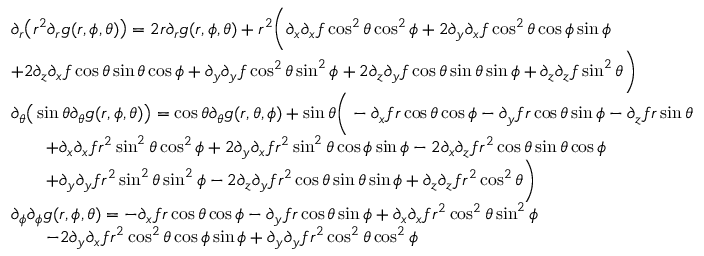
\begin{array} { r l } & { \partial _ { r } \big ( r ^ { 2 } \partial _ { r } g ( r , \phi , \theta ) \big ) = 2 r \partial _ { r } g ( r , \phi , \theta ) + r ^ { 2 } \bigg ( \partial _ { x } \partial _ { x } f \cos ^ { 2 } \theta \cos ^ { 2 } \phi + 2 \partial _ { y } \partial _ { x } f \cos ^ { 2 } \theta \cos \phi \sin \phi } \\ & { + 2 \partial _ { z } \partial _ { x } f \cos \theta \sin \theta \cos \phi + \partial _ { y } \partial _ { y } f \cos ^ { 2 } \theta \sin ^ { 2 } \phi + 2 \partial _ { z } \partial _ { y } f \cos \theta \sin \theta \sin \phi + \partial _ { z } \partial _ { z } f \sin ^ { 2 } \theta \bigg ) } \\ & { \partial _ { \theta } \big ( \sin \theta \partial _ { \theta } g ( r , \phi , \theta ) \big ) = \cos \theta \partial _ { \theta } g ( r , \theta , \phi ) + \sin \theta \bigg ( - \partial _ { x } f r \cos \theta \cos \phi - \partial _ { y } f r \cos \theta \sin \phi - \partial _ { z } f r \sin \theta } \\ & { \qquad + \partial _ { x } \partial _ { x } f r ^ { 2 } \sin ^ { 2 } \theta \cos ^ { 2 } \phi + 2 \partial _ { y } \partial _ { x } f r ^ { 2 } \sin ^ { 2 } \theta \cos \phi \sin \phi - 2 \partial _ { x } \partial _ { z } f r ^ { 2 } \cos \theta \sin \theta \cos \phi } \\ & { \qquad + \partial _ { y } \partial _ { y } f r ^ { 2 } \sin ^ { 2 } \theta \sin ^ { 2 } \phi - 2 \partial _ { z } \partial _ { y } f r ^ { 2 } \cos \theta \sin \theta \sin \phi + \partial _ { z } \partial _ { z } f r ^ { 2 } \cos ^ { 2 } \theta \bigg ) } \\ & { \partial _ { \phi } \partial _ { \phi } g ( r , \phi , \theta ) = - \partial _ { x } f r \cos \theta \cos \phi - \partial _ { y } f r \cos \theta \sin \phi + \partial _ { x } \partial _ { x } f r ^ { 2 } \cos ^ { 2 } \theta \sin ^ { 2 } \phi } \\ & { \qquad - 2 \partial _ { y } \partial _ { x } f r ^ { 2 } \cos ^ { 2 } \theta \cos \phi \sin \phi + \partial _ { y } \partial _ { y } f r ^ { 2 } \cos ^ { 2 } \theta \cos ^ { 2 } \phi } \end{array}